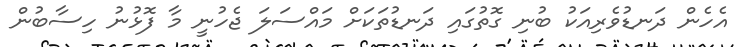
އެހެން ދަނޑުވެރިއަކު ބުނި ގޮތުގައި ދަނޑުތަކަށް މައްސަލަ ޖެހުނީ މާ ފޮޅުނު ހިސާބުން